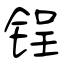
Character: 锃